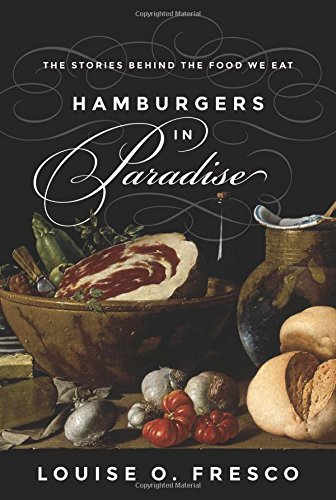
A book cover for Hamburgers in Paradise: The Stories behind the Food We Eat; Louise O. Fresco; Cookbooks, Food & Wine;